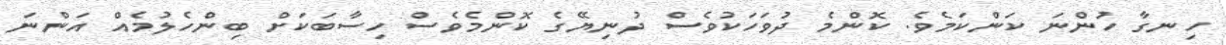
ހިނގާ ހުންނަ ކަންކަމެވެ. ކޮންމެ ދުވަހަކުވެސް ދުނިޔޭގެ ކޮންމެވެސް ހިސާބަކަށް ބިންހެލުމެއް އަންނަ